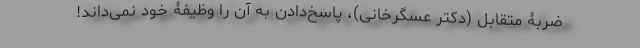
ضربۀ متقابل (دکتر عسگرخانی)، پاسخ‌دادن به آن را وظیفۀ خود نمی‌داند!